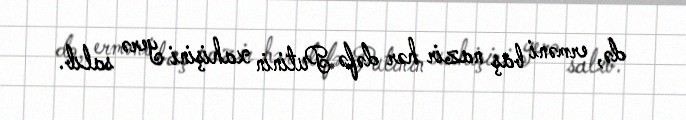
də, erməni baş nazir hər dəfə Putinin xahişini yerə salıb.